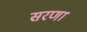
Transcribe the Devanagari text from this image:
सरणा